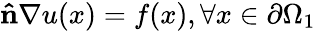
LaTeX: \mathbf{\hat{n}}\nabla u(x)=f(x),\forall x\in\partial\Omega_{1}